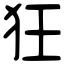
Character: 狂